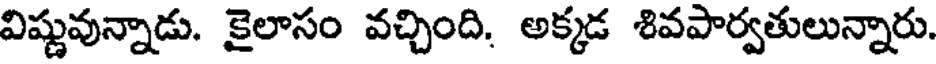
విష్ణువున్నాడు. కైలాసం వచ్చింది. అక్కడ శివపార్వతులున్నారు.